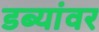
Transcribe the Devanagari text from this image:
डब्यांवर